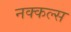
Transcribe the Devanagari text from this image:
नक्कल्स